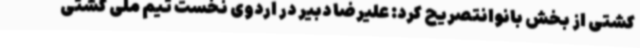
کشتی از بخش بانوانتصریح کرد: علیرضا دبیر در اردوی نخست تیم ملی کشتی